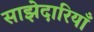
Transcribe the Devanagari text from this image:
साझेदारियाँ